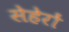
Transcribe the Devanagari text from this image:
सेहेरों